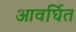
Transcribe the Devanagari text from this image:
आवर्घित